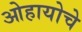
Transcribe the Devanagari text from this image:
ओहायोचे